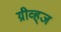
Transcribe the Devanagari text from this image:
ग्रीव्ह्‌ज